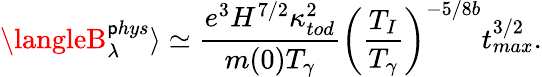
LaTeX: \langleB_{\lambda}^{\mathsf{p}hys}\rangle\simeq\frac{{e^{3}H^{7/2}\kappa_{tod}^{2}}}{{m(0)T_{\gamma}}}\left(\frac{{T_{I}}}{{T_{\gamma}}}\right)^{-5/8b}t_{max}^{3/2}.